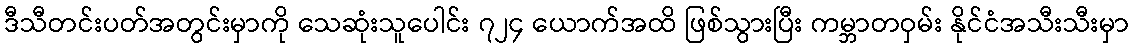
ဒီသီတင်းပတ်အတွင်းမှာကို သေဆုံးသူပေါင်း ၇၂၄ ယောက်အထိ ဖြစ်သွားပြီး ကမ္ဘာတဝှမ်း နိုင်ငံအသီးသီးမှာ